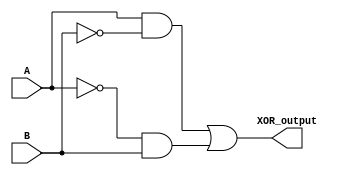
module xor_transmission_gate (
    input wire A,
    input wire B,
    output wire XOR_output
);

wire gate1_out, gate2_out;
wire OR_output;

assign gate1_out = A & ~B;
assign gate2_out = ~A & B;
assign OR_output = gate1_out | gate2_out;

assign XOR_output = OR_output;

endmodule